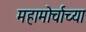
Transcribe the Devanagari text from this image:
महामोर्चाच्या